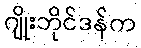
ဂျိုးဘိုင်ဒန်က